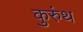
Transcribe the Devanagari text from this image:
कुरुंथ